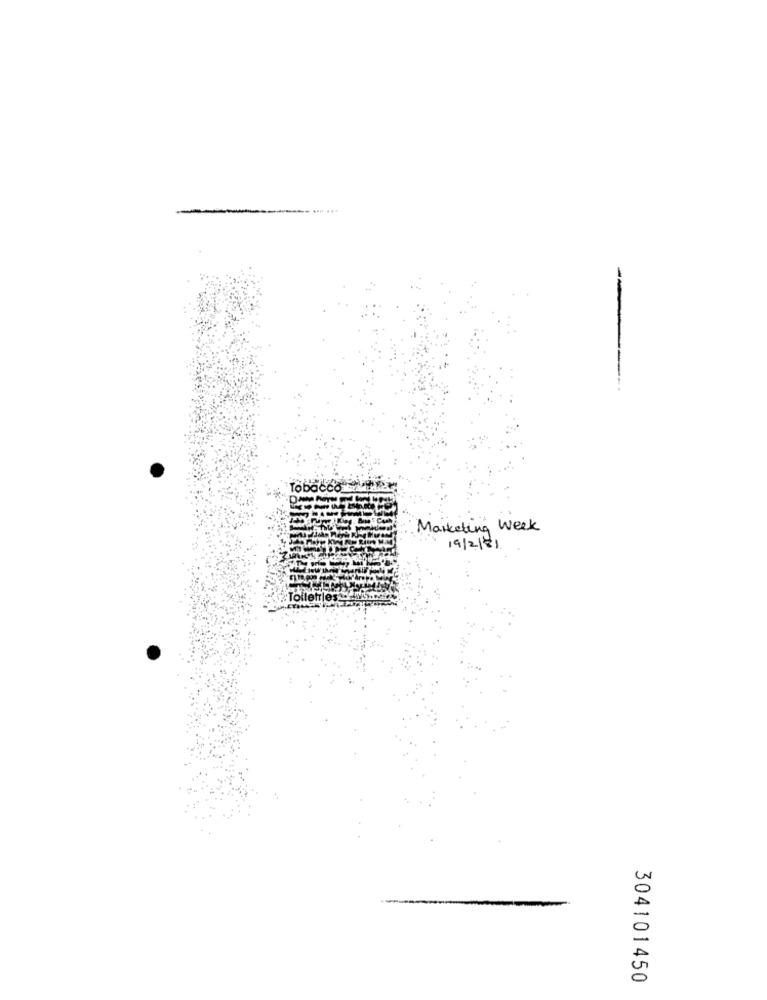
Marketing Week
19/2/81
304101450